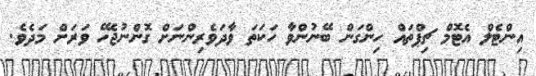
އިންޓެލް އެޓޮމް ޗިޕްތައް ހިންގަން ބޭނުންވާ ހަކަތަ ވާދަވެރިންނަށް ގޮންނުޖެހޭ ވަރަށް މަދެވެ.